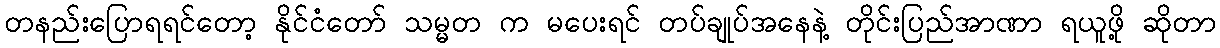
တနည်းပြောရရင်တော့ နိုင်ငံတော် သမ္မတ က မပေးရင် တပ်ချုပ်အနေနဲ့ တိုင်းပြည်အာဏာ ရယူဖို့ ဆိုတာ